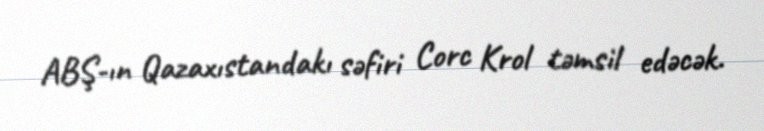
ABŞ-ın Qazaxıstandakı səfiri Corc Krol təmsil edəcək.